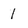
Character: i